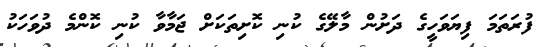
ފުރަތަމަ ފިޔަވަހީގެ ދަށުން މާލޭގެ ކުނި ކޮށިތަކަށް ޖަމާވާ ކުނި ކޮންމެ ދުވަހަކު